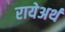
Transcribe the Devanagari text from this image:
रायेअर्थ